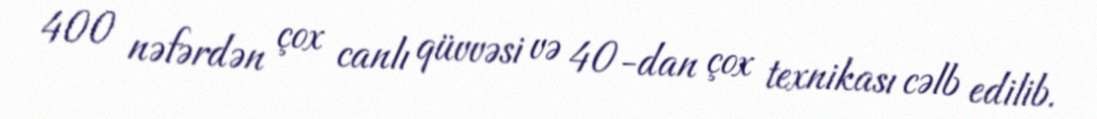
400 nəfərdən çox canlı qüvvəsi və 40-dan çox texnikası cəlb edilib.